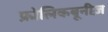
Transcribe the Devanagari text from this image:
फ्रोलिकबूनीज़